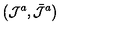
\left( \mathcal { J } ^ { a } , \bar { \mathcal { J } } ^ { a } \right) \,